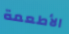
الأطعمة